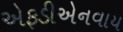
એફડીએનવાય